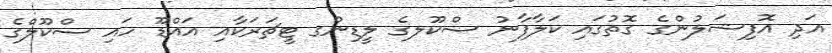
އަދި އޮފިޝަލުންގެ ގޮތުގައި ކަލާފާނު ސްކޫލގެ ލީޑިންގ ޓީޗަރަކާއި އައްޑޫ ހައި ސްކޫލްގެ